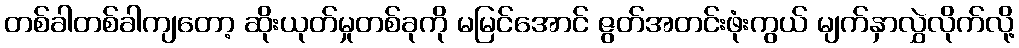
တစ်ခါတစ်ခါကျတော့ ဆိုးယုတ်မှုတစ်ခုကို မမြင်အောင် ဇွတ်အတင်းဖုံးကွယ် မျက်နှာလွှဲလိုက်လို့